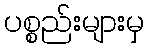
ပစ္စည်းများမှ